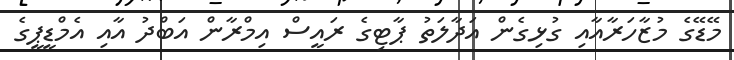
މޭޑޭގެ މުޒާހަރާއާއި ގުޅިގެން އަދާލަތު ޕާޓިގެ ރައީސް އިމްރާން އަބްދު އާއި އެމްޑީޕީގެ